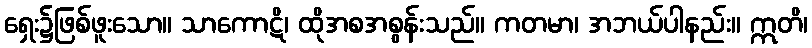
ရှေး၌ဖြစ်ဖူးသော။ သာကောဋိ၊ ထိုအစအစွန်းသည်။ ကတမာ၊ အဘယ်ပါနည်း။ ဣတိ၊